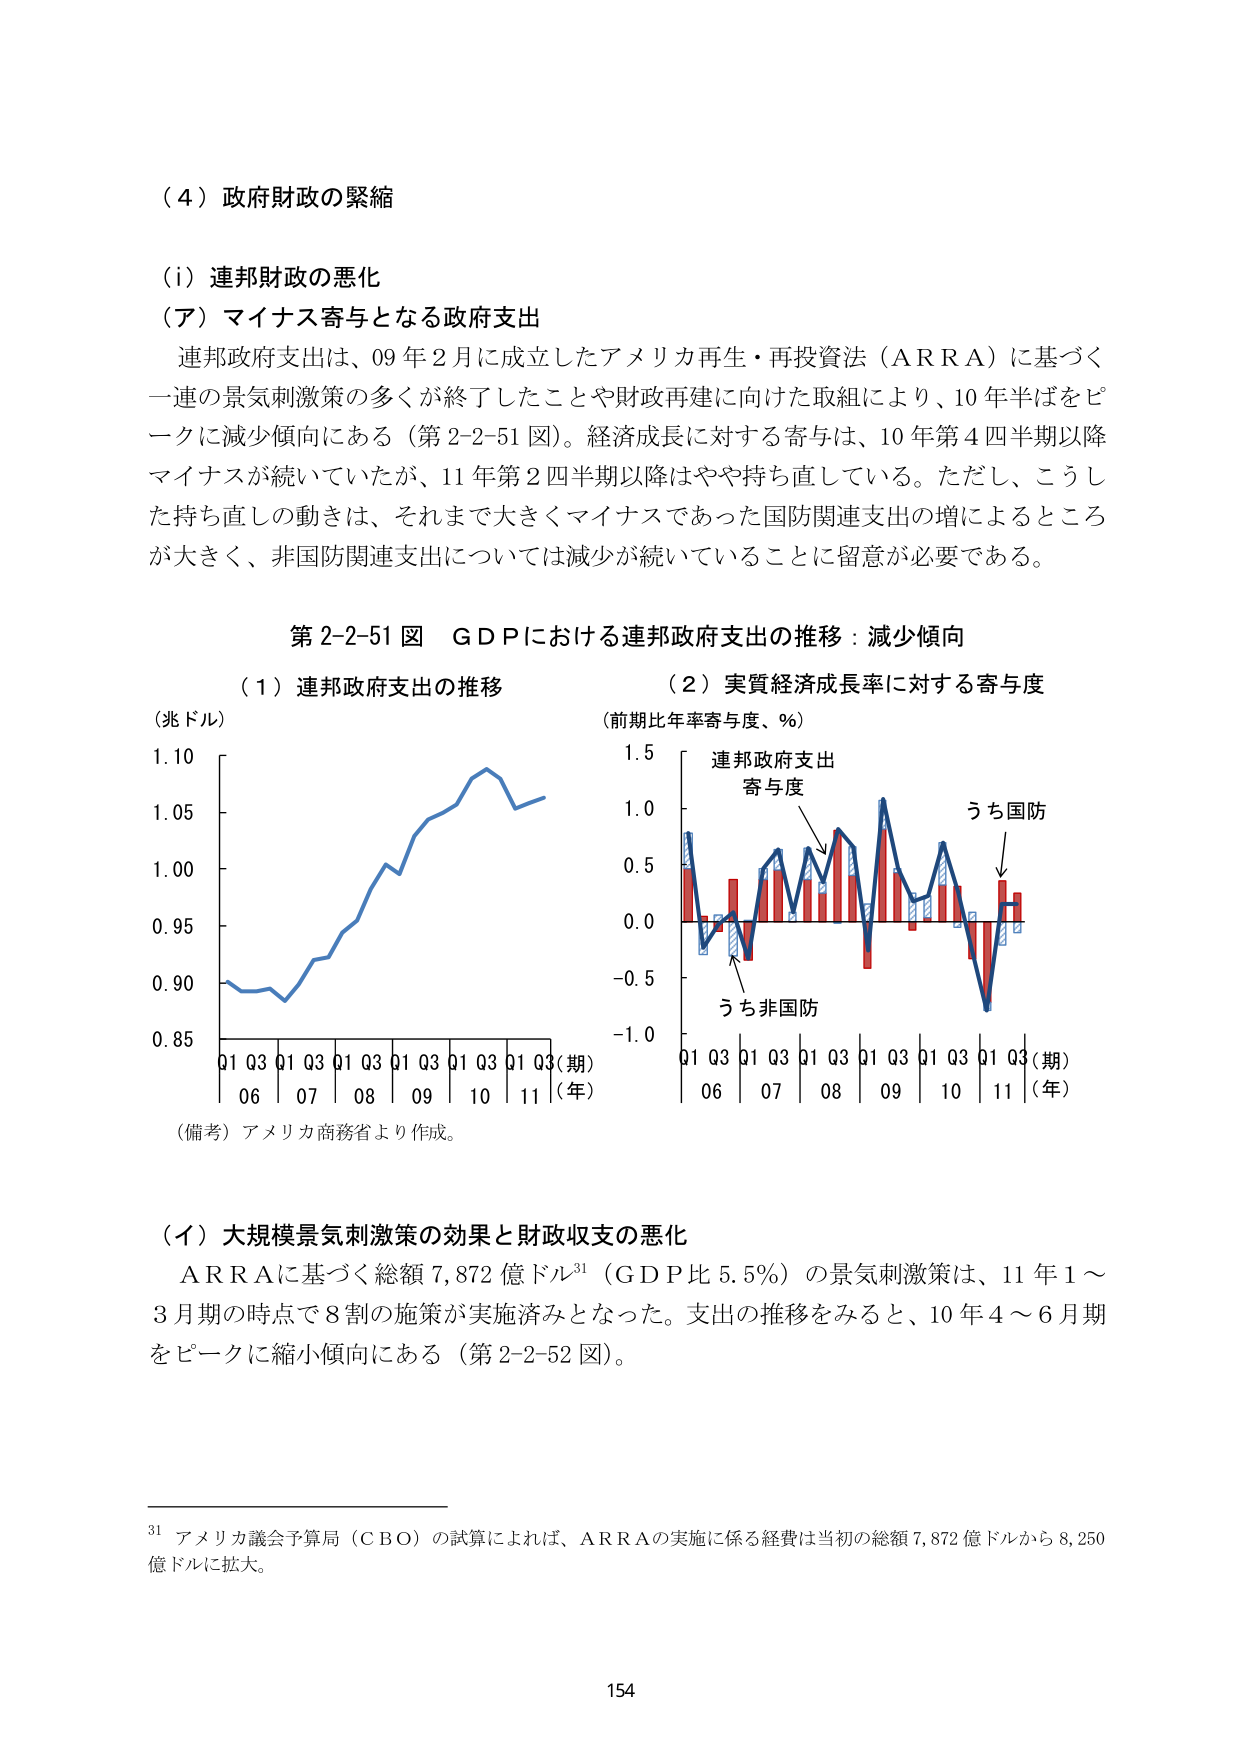
（４）政府財政の緊縮

（ｉ）連邦財政の悪化
（ア）マイナス寄与となる政府支出
連邦政府支出は、09年2月に成立したアメリカ再生・再投資法（ＡＲＲＡ）に基づく一連の景気刺激策の多くが終了したことや財政再建に向けた取組により、10年半ばをピークに減少傾向にある（第2-2-51図）。経済成長に対する寄与は、10年第4四半期以降マイナスが続いていたが、11年第2四半期以降はやや持ち直している。ただし、こうした持ち直しの動きは、それまで大きくマイナスであった国防関連支出の増によるところが大きく、非国防関連支出については減少が続いていることに留意が必要である。

第2-2-51図　ＧＤＰにおける連邦政府支出の推移：減少傾向

（１）連邦政府支出の推移
（兆ドル）
1.10
1.05
1.00
0.95
0.90
0.85
Q1 Q3 Q1 Q3 Q1 Q3 Q1 Q3 Q1 Q3 Q1 Q3（期）
06　07　08　09　10　11（年）
（備考）アメリカ商務省より作成。

（２）実質経済成長率に対する寄与度
（前期比年率寄与度、％）
1.5
1.0
0.5
0.0
-0.5
-1.0
連邦政府支出
寄与度
うち国防
うち非国防
Q1 Q3 Q1 Q3 Q1 Q3 Q1 Q3 Q1 Q3 Q1 Q3（期）
06　07　08　09　10　11（年）

（イ）大規模景気刺激策の効果と財政収支の悪化
ＡＲＲＡに基づく総額7,872億ドル31（ＧＤＰ比5.5％）の景気刺激策は、11年1～3月期の時点で8割の施策が実施済みとなった。支出の推移をみると、10年4～6月期をピークに縮小傾向にある（第2-2-52図）。

31 アメリカ議会予算局（ＣＢＯ）の試算によれば、ＡＲＲＡの実施に係る経費は当初の総額7,872億ドルから8,250億ドルに拡大。

154